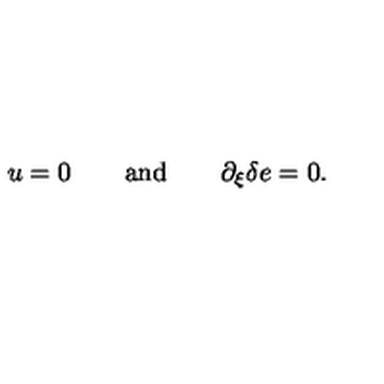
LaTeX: u = 0 \qquad \mathrm { a n d } \qquad \partial _ { \xi } \delta e = 0 .